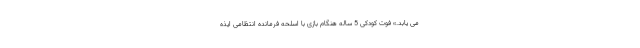
می یابد.» فوت کودکی 5 ساله هنگام بازی با اسلحه فرمانده انتظامی ایذه